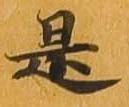
是